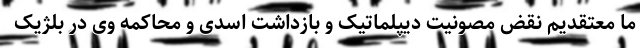
ما معتقدیم نقض مصونیت دیپلماتیک و بازداشت اسدی و محاکمه وی در بلژیک